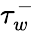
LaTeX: \tau_{w}^{-}